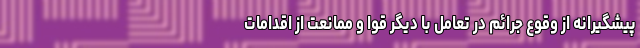
پیشگیرانه از وقوع جرائم در تعامل با دیگر قوا و ممانعت از اقدامات